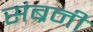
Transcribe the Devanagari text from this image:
संब्रनी